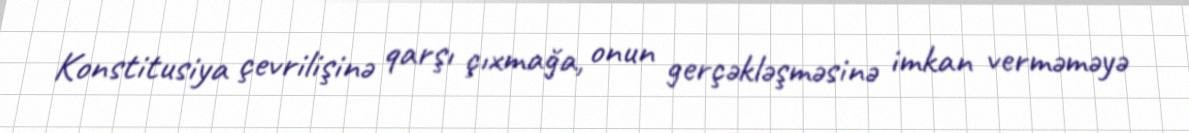
Konstitusiya çevrilişinə qarşı çıxmağa, onun gerçəkləşməsinə imkan verməməyə